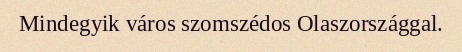
Mindegyik város szomszédos Olaszországgal.